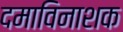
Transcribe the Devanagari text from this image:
दमाविनाशक